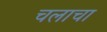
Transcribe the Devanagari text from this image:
चलाचा